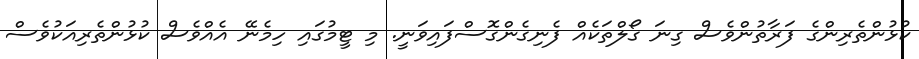
ކުޅުންތެރިންގެ ފަރާތުންވެސް ގިނަ ގޯލްތަކެއް ފެނިގެންގޮސްފައިވަނީ. މި ޓީމުގައި ހިމެނޭ އެއްވެސް ކުޅުންތެރިއަކުވެސް